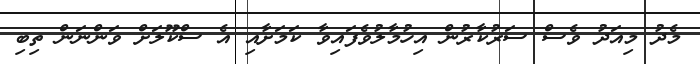
މެދު މިއަދު ވެސް ސަރުކާރުން އިހުމާލުވެފައިވާ ކަމަށާއި އެ ސްކޫލަށް ވަންނަން ތިބި